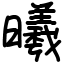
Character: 曦